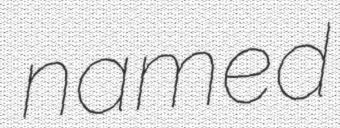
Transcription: named